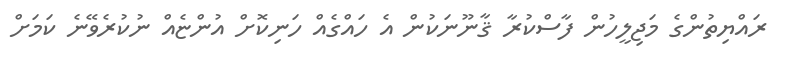
ރައްޔިތުންގެ މަޖިލީހުން ފާސްކުރާ ޤާނޫނަކުން އެ ހައްގެއް ހަނިކޮށް އުންޏެއް ނުކުރެވޭނެ ކަމަށް